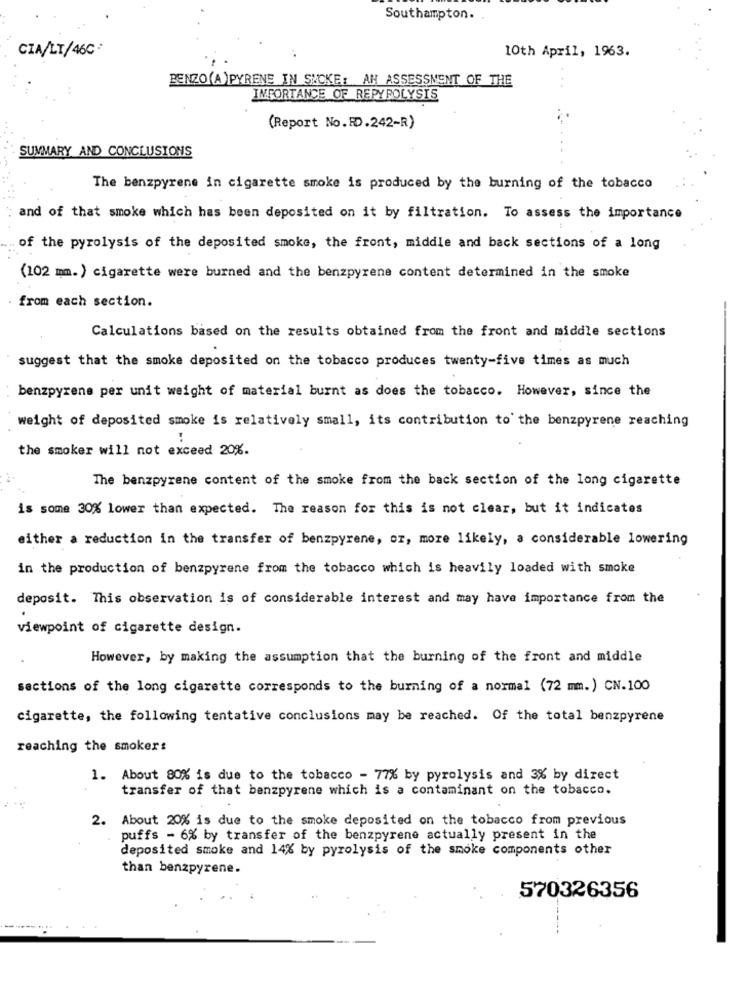
Southampton.
CIA/LT/46C·
10th April, 1963.
BENZO(A) PYRENE IN SMOKE: AH ASSESSMENT OF THE
IMPORTANCE OF REPYROLYSIS
(Report No.RD.242-R)
SUMMARY AND CONCLUSIONS
The benzpyrene in cigarette smoke is produced by the burning of the tobacco
and of that smoke which has been deposited on it by filtration. To assess the importance
of the pyrolysis of the deposited smoke, the front, middle and back sections of a long
(102 mm. ) cigarette were burned and the benzpyrene content determined in the smoke
from each section.
Calculations based on the results obtained from the front and middle sections
suggest that the smoke deposited on the tobacco produces twenty-five times as much
benzpyrene per unit weight of material burnt as does the tobacco. However, since the
weight of deposited smoke is relatively small, its contribution to the benzpyrene reaching
the smoker will not exceed 20%.
The benzpyrene content of the smoke from the back section of the long cigarette
is some 30% lower than expected. The reason for this is not clear, but it indicates
either a reduction in the transfer of benzpyrene, or, more likely, a considerable lowering
in the production of benzpyrene from the tobacco which is heavily loaded with smoke
deposit. This observation is of considerable interest and may have importance from the
viewpoint of cigarette design.
However, by making the assumption that the burning of the front and middle
sections of the long cigarette corresponds to the burning of a normal (72 mm.) CN.100
cigarette, the following tentative conclusions may be reached. Of the total benzpyrene
reaching the smoker:
1. About 80% is due to the tobacco - 77% by pyrolysis and 3% by direct
transfer of that benzpyrene which is a contaminant on the tobacco.
2. About 20% is due to the smoke deposited on the tobacco from previous
puffs - 6% by transfer of the benzpyrene actually present in the
deposited smoke and 14% by pyrolysis of the smoke components other
than benzpyrene.
570326356